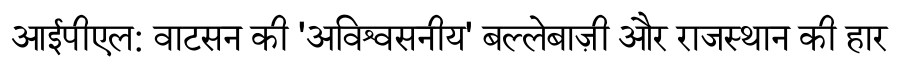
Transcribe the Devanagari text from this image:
आईपीएल: वाटसन की 'अविश्वसनीय' बल्लेबाज़ी और राजस्थान की हार